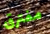
مفترق